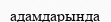
адамдарында